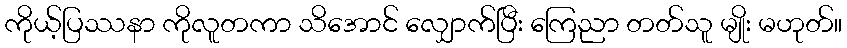
ကိုယ့်ပြဿနာ ကိုလူတကာ သိအောင် လျှောက်ပြီး ကြေညာ တတ်သူ မျိုး မဟုတ်။